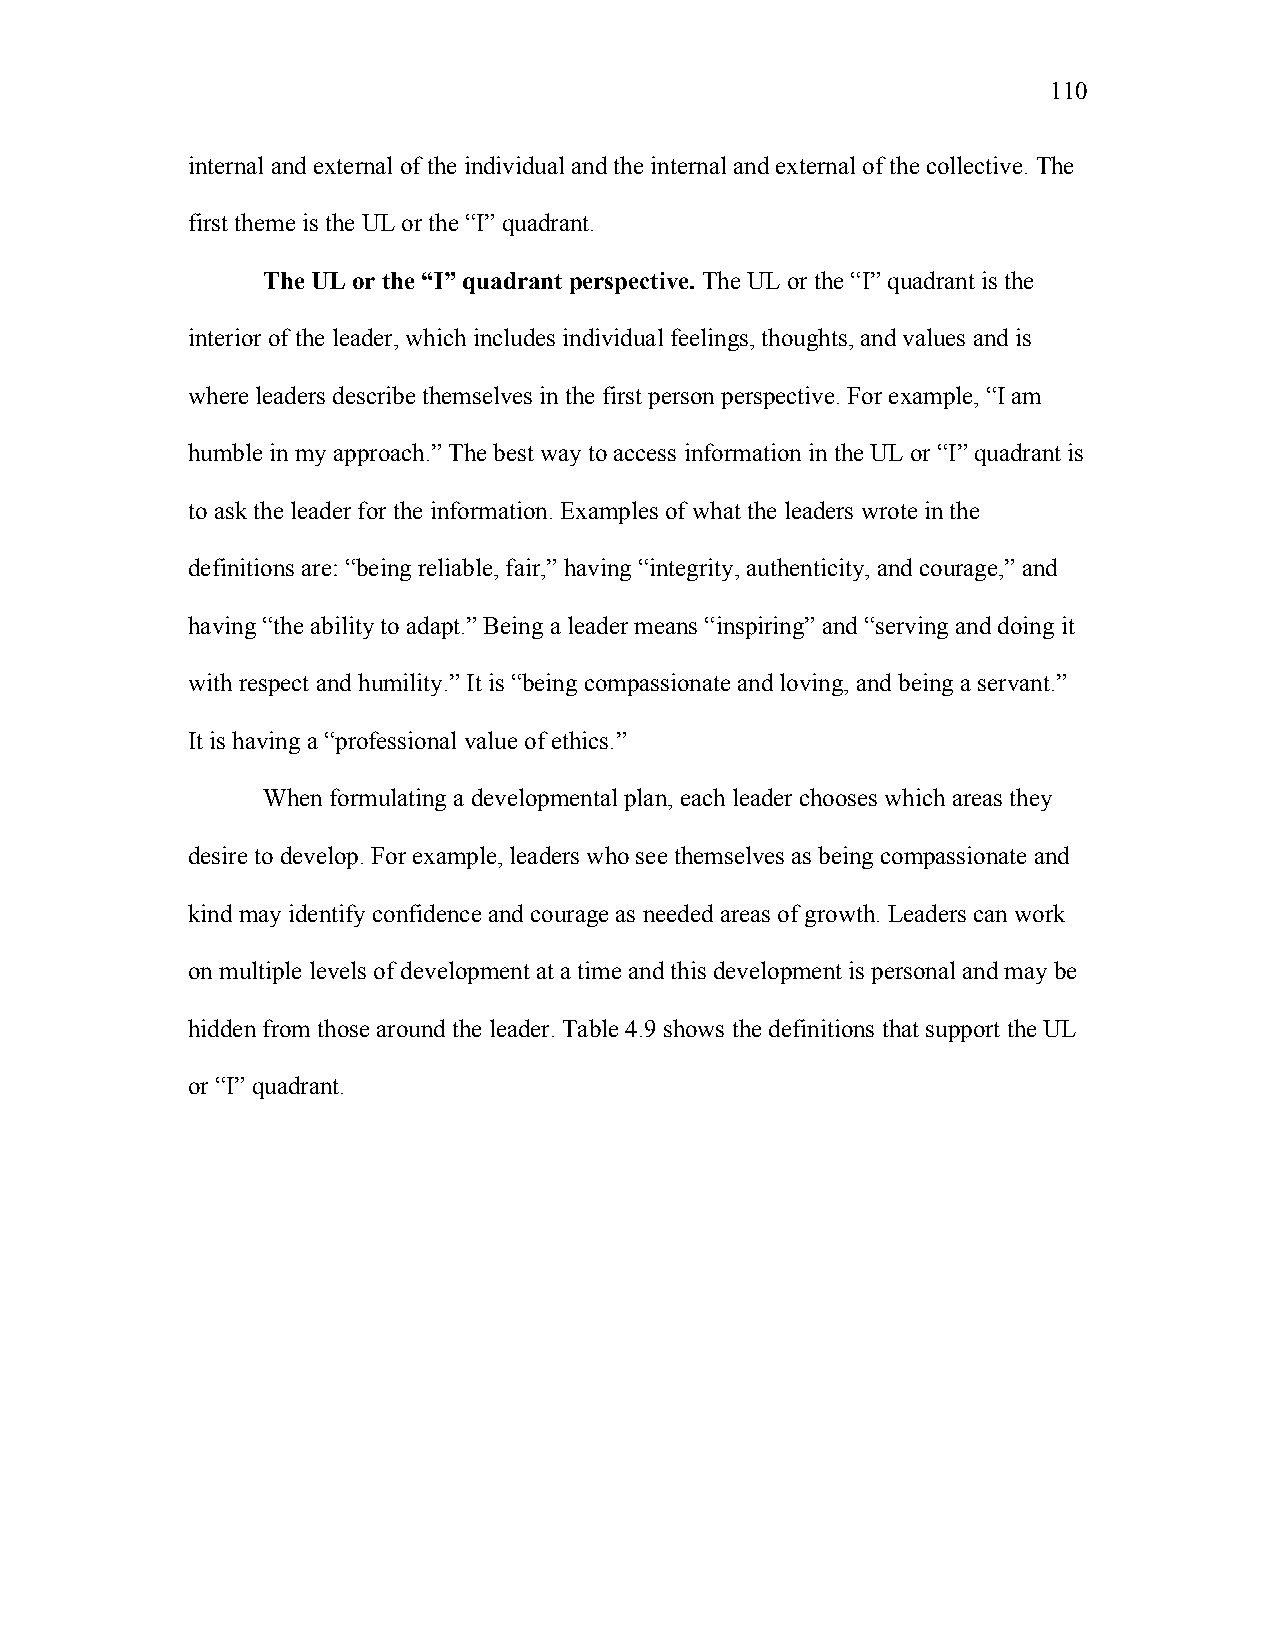
110
 internal and external of the individual and the internal and external of the collective. The
 first theme is the UL or the “I” quadrant.
 The UL or the “I” quadrant perspective. The UL or the “I” quadrant is the
 interior of the leader, which includes individual feelings, thoughts, and values and is
 where leaders describe themselves in the first person perspective. For example, “I am
 humble in my approach.” The best way to access information in the UL or “I” quadrant is
 to ask the leader for the information. Examples of what the leaders wrote in the
 definitions are: “being reliable, fair,” having “integrity, authenticity, and courage,” and
 having “the ability to adapt.” Being a leader means “inspiring” and “serving and doing it
 with respect and humility.” It is “being compassionate and loving, and being a servant.”
 It is having a “professional value of ethics.”
 When formulating a developmental plan, each leader chooses which areas they
 desire to develop. For example, leaders who see themselves as being compassionate and
 kind may identify confidence and courage as needed areas of growth. Leaders can work
 on multiple levels of development at a time and this development is personal and may be
 hidden from those around the leader. Table 4.9 shows the definitions that support the UL
 or “I” quadrant.